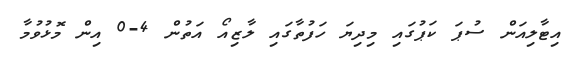
އިޓާލިއަން ސުޕަ ކަޕުގައި މިދިޔަ ހަފުތާގައި ލާޒިއޯ އަތުން 4-0 އިން މޮޅުވުމާ